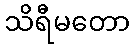
သိရီမတော